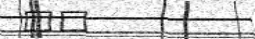
٤٥